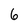
Character: 6